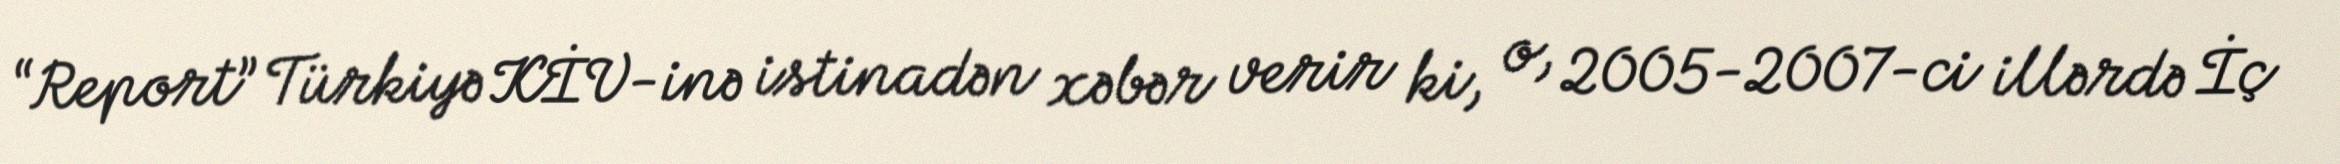
“Report” Türkiyə KİV-inə istinadən xəbər verir ki, o, 2005-2007-ci illərdə İç